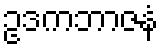
ဥဒကဘာဇနံ